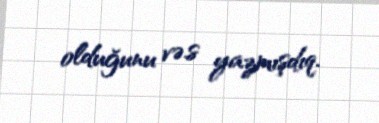
olduğunu və.s yazmışdıq.